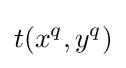
t(x^{q},y^{q})